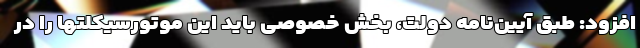
افزود: طبق آیین‌نامه دولت، بخش خصوصی باید این موتورسیکلتها را در